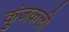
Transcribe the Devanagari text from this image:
कुंजकली